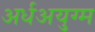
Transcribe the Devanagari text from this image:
अर्धअयुग्म